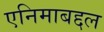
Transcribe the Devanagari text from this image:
एनिमाबद्दल